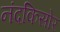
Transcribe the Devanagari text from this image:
नंदकिसोर